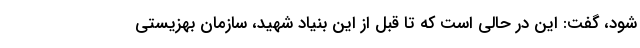
شود، گفت: این در حالی است که تا قبل از این بنیاد شهید، سازمان بهزیستی